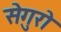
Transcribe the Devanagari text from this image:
सेगुरो